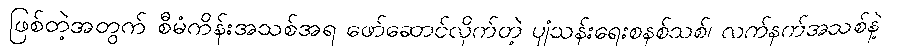
ဖြစ်တဲ့အတွက် စီမံကိန်းအသစ်အရ ဖော်ဆောင်လိုက်တဲ့ ပျံသန်းရေးစနစ်သစ်၊ လက်နက်အသစ်နဲ့